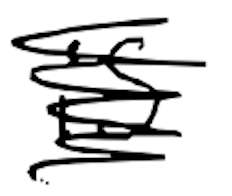
Text: is
Cross-out: scratch
Writing tool: digital_black